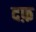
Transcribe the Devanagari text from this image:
दफ़